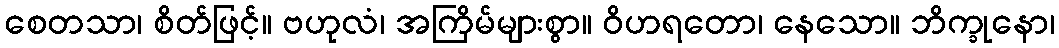
စေတသာ၊ စိတ်ဖြင့်။ ဗဟုလံ၊ အကြိမ်များစွာ။ ဝိဟရတော၊ နေသော။ ဘိက္ခုနော၊